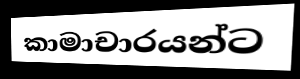
කාමාචාරයන්ට